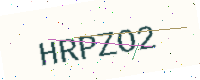
Text: HRPZO2